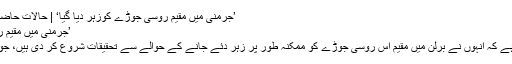
’جرمنی میں مقیم روسی جوڑے کوزہر دیا گیا‘ | حالات حاضرہ | DW | 28.12.2010
’جرمنی میں مقیم روسی جوڑے کوزہر دیا گیا‘
جرمن دفتر استغاثہ نے کہا ہے کہ انہوں نے برلن میں مقیم اُس روسی جوڑے کو ممکنہ طور پر زہر دئے جانے کے حوالے سے تحقیقات شروع کر دی ہیں، جو ماسکو حکومت کا ناقد ہے۔